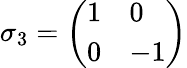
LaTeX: \sigma_{3}=\left(\begin{array}{ll}{1}&{0}\\ {0}&{-1}\end{array}\right)